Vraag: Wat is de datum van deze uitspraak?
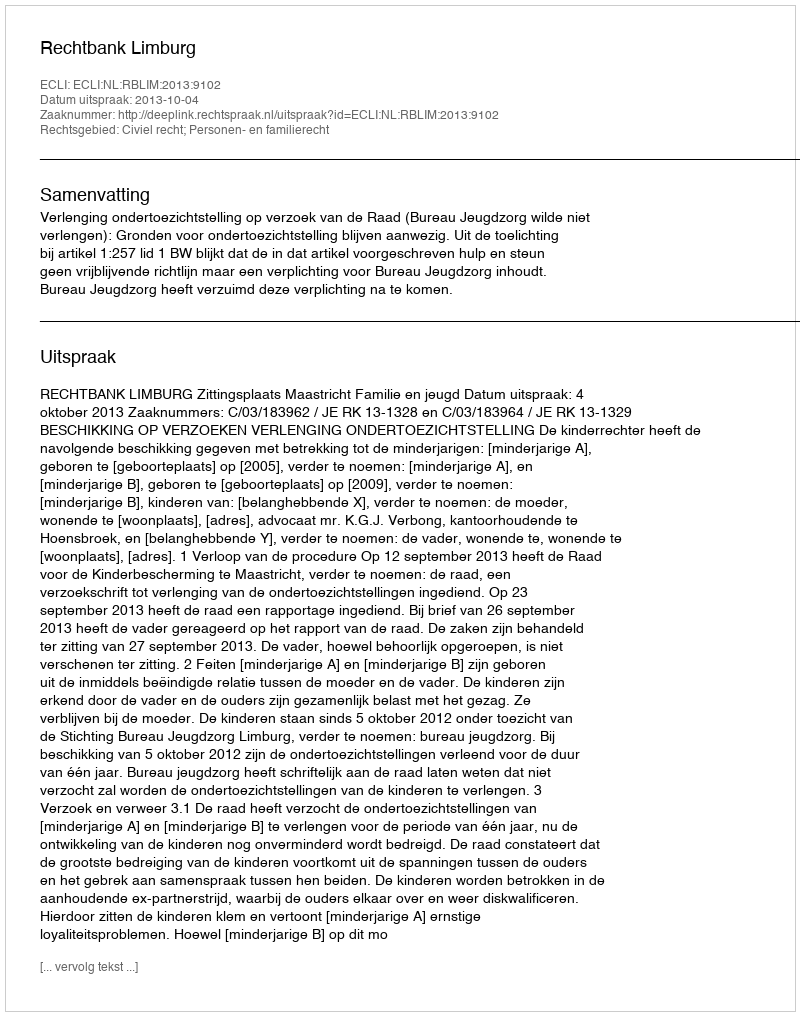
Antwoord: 2013-10-04